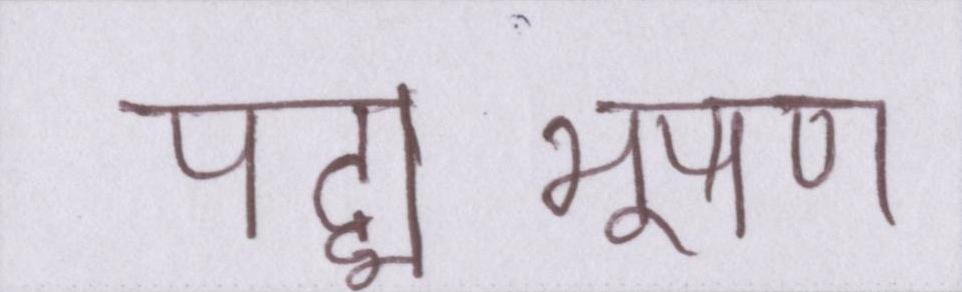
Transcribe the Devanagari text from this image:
पद्मभूषण